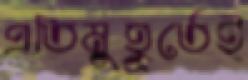
প্রতিমুহূর্তেই